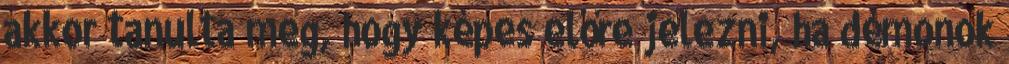
akkor tanulta meg, hogy képes előre jelezni, ha démonok